Calcutta medical institutions reports 1871-78
Year: 1871
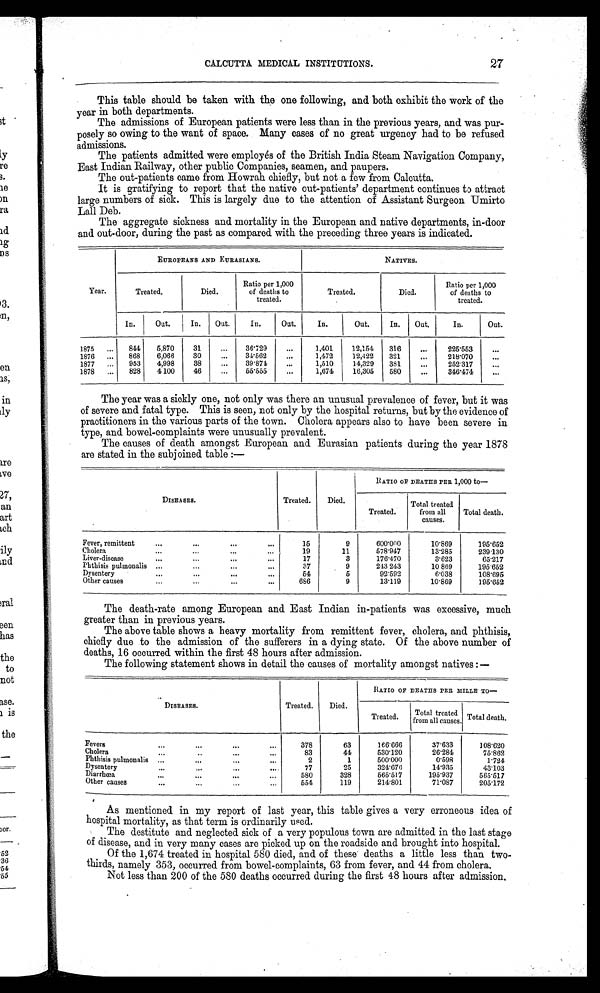
CALCUTTA MEDICAL INSTITUTIONS.
27
This table should be taken with the one following, and both exhibit the work of the
year in both departments.
The admissions of European patients were less than in the previous years, and was pur
-posely so owing to the want of space. Many cases of no great urgency had to be refused
admissions.
The patients admitted were employés of the British India Steam Navigation Company,
East Indian Railway, other public Companies, seamen, and paupers.
The out-patients came from Howrah chiefly, but not a few from Calcutta.
It is gratifying to report that the native out-patients' department continues to attract
large numbers of sick. This is largely due to the attention of Assistant Surgeon Umirto
Lall Deb.
The aggregate sickness and mortality in the European and native departments, in-door
and out-door, during the past as compared with the preceding three years is indicated.
EUROPEANS AND EURASIANS.
NATIVES.
Year.
Treated.
Died.
Ratio per 1,000
of deaths to
treated.
Treated.
Died.
Ratio per 1,000
of deaths to
treated.
In.
Out. In. Out.
In.
Out.
In.
Out.
In. Out.
In.
Out.
1875
844
5,870
31
...
36.729
...
1,401
12,154
316
...
225.553
...
1876
868
6,066
30
...
34.562
...
1,472
12,422
321
...
218.070
...
1877
953
4,998
38
...
39.874
...
1,510
14,329
381
...
252.317
...
1878
828
4,100
46
...
55.555
...
1,674
16,305
580
...
346.474
...
The year was a sickly one, not only was there an unusual prevalence of fever, but it was
of severe and fatal type. This is seen, not only by the hospital returns, but by the evidence of
practitioners in the various parts of the town. Cholera appears also to have been severe in
type, and bowel-complaints were unusually prevalent.
The causes of death amongst European and Eurasian patients during the year 1878
are stated in the subjoined table:—
DISEASES.
Treated.
Died.
RATIO OF DEATHS PER 1,000 to—
Treated.
Total treated
from all
causes.
Total death.
Fever, remittent
15
9
6 0 0 . 0 0 0
10.869
195.652
Cholera
19
11
578.947
13.285
239.130
Liver-disease
17
3
176.470
3.623
65.217
Phthisis pulmonalis
37
9
243.243
10.869
1 9 5 . 6 5 2
Dysentery
54
5
92.592
6.038
108.695
Other causes
686
9
13.119
10.869
195.652
The death-rate among European and East Indian in-patients was excessive, much
greater than in previous years.
The above table shows a heavy mortality from remittent fever, cholera, and phthisis,
chiefly due to the admission of the sufferers in a dying state. Of the above number of
deaths, 16 occurred within the first 48 hours after admission.
The following statement shows in detail the causes of mortality amongst natives:—
DISEASES.
Treated.
Died.
RATIO OF DEATHS PER MILLE TO
—
Treated.
Total treated
from all causes. Total death.
Fevers
378
63
166.666
37.633
108.620
C h o l e r a
83
44
530.120
26.284
75.862
Phthisis pulmonalis
2
1
500.000
0.598
1.724
Dysentery
77
25
3 2 4 . 6 7 6
14.935
43.103
Diarrhœa
580
328
565.517
195.937
5 6 5 . 5 1 7
Other causes
554
119
214.801
71.087
205.172
As mentioned in my report of last year, this table gives a very erroneous idea of
hospital mortality, as that term is ordinarily used.
The destitute and neglected sick of a very populous town are admitted in the last stage
of disease, and in very many cases are picked up on the roadside and brought into hospital.
Of the 1,674 treated in hospital 580 died, and of these deaths a little less than two-
thirds, namely 353, occurred from bowel-complaints, 63 from fever, and 44 from cholera.
Not less than 200 of the 580 deaths occurred during the first 48 hours after admission.